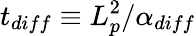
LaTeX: t_{diff}\equiv L_{p}^{2}/\alpha_{diff}